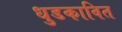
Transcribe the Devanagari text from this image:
धुडकावित